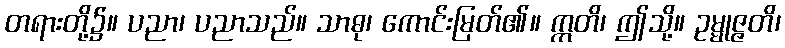
တရားတို့၌။ ပညာ၊ ပညာသည်။ သာဓု၊ ကောင်းမြတ်၏။ ဣတိ၊ ဤသို့။ ဥမ္မုဇ္ဇတိ၊